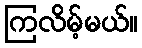
ကြလိမ့်မယ်။